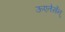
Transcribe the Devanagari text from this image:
ऊएतेर्सेन्